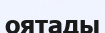
оятады